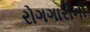
રોગગારીની